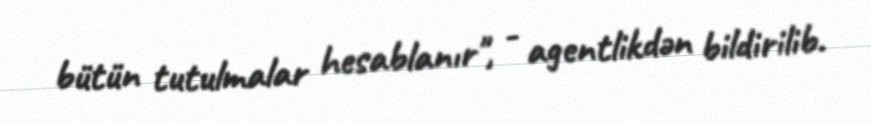
bütün tutulmalar hesablanır", - agentlikdən bildirilib.